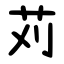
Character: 苅